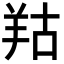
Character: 𦍩